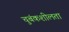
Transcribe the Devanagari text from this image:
चुबंकशीलता